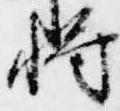
将